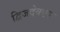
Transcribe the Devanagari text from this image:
द्विजदेवएक